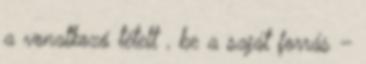
a vonatkozó tételt , be a saját forrás –